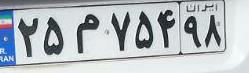
۲۵م۷۵۴۹۸